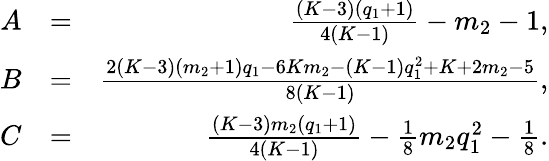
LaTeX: \begin{array}{rlr}{A}&{=}&{\frac{(K-3)\left(q_{1}+1\right)}{4(K-1)}-m_{2}-1,}\\ {B}&{=}&{\frac{2(K-3)\left(m_{2}+1\right)q_{1}-6Km_{2}-(K-1)q_{1}^{2}+K+2m_{2}-5}{8(K-1)},}\\ {C}&{=}&{\frac{(K-3)m_{2}\left(q_{1}+1\right)}{4(K-1)}-\frac{1}{8}m_{2}q_{1}^{2}-\frac{1}{8}.}\end{array}